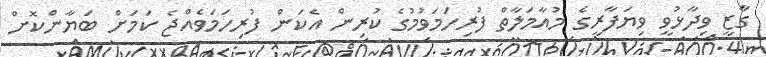
ގާޒީ ވިދާޅުވީ ވިޔަފާރީގެ މުއާމަލާތް ފުރިހަމަވުމުގެ ކުރިން އެކަން ފުރިހަމަވެއްޖެ ކަމަށް ބަޔާންކޮށް